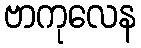
ဗာကုလေန